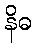
နိဓ